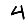
Digit: 4